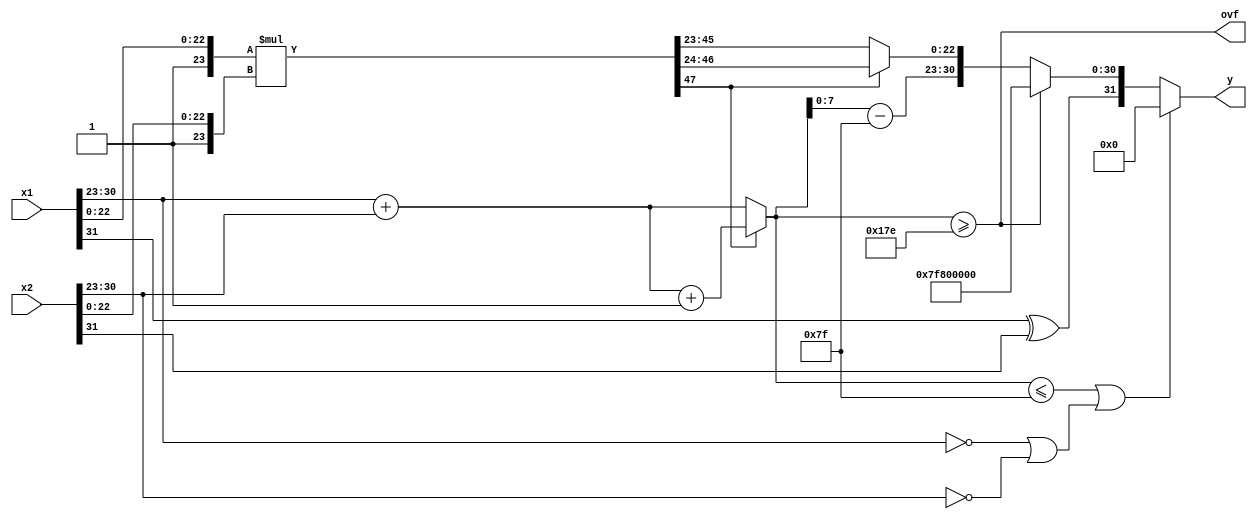
`default_nettype none

module fmul
   ( input wire [31:0] x1,
     input wire [31:0] x2,
     output wire [31:0] y,
     output wire ovf);

   /* assumptions
    * - inputs and output are not unnormal numbers or NaN or +-inf 
    * - if e is 0, the number is interpreted as +0
    * - overflow and underflow are treated as the same for ovf wire
    * - when underflow, y will be 0
    */

   // split sequence to each subsequence
   wire s1, s2;
   wire [7:0] e1, e2;
   wire [22:0] m1, m2;
   assign {s1, e1, m1} = x1;
   assign {s2, e2, m2} = x2;

   // calc s for y
   wire s;
   assign s = s1 ^ s2;

   // calc m
   wire [47:0] tmp_m;
   // 1 is appended to m1 and m2 before multiplication
   assign tmp_m = {1'b1, m1} * {1'b1, m2};
   wire [22:0] m;
   assign m = (tmp_m[47] == 1'b0) ? tmp_m[45:23] : tmp_m[46:24];

   // calc e
   wire [8:0] tmp_e;
   assign tmp_e = (tmp_m[47] == 1'b0) ? {1'b0, e1} + {1'b0, e2} : {1'b0, e1} + {1'b0, e2} + 9'd1;
   wire [8:0] tmp_tmp_e;
   wire [7:0] e;
   assign tmp_tmp_e = tmp_e - 9'd127;
   assign e = tmp_tmp_e[7:0];

   // determine whether overflow or underflow
   wire unf;
   assign unf = (tmp_e <= 9'd127) || (e1 == 8'd0 || e2 == 8'd0); 
   assign ovf = (tmp_e >= 9'd382);

   assign y = (unf) ? 32'd0 :
              (ovf) ? {s, 31'b1111111100000000000000000000000} : {s, e, m};

endmodule

`default_nettype wire